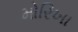
મોરિખા